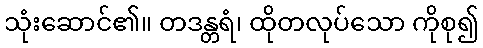
သုံးဆောင်၏။ တဒန္တရံ၊ ထိုတလုပ်သော ကိုစု၍